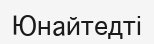
Юнайтедті